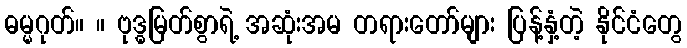
ဓမ္မဂုတ်။ ။ ဗုဒ္ဓမြတ်စွာရဲ့ အဆုံးအမ တရားတော်များ ပြန့်နှံ့တဲ့ နိုင်ငံတွေ